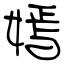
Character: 嫣